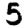
Digit: 5